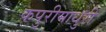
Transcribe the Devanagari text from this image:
कपुरीमाधुरी